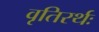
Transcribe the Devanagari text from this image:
वृतिरर्थः